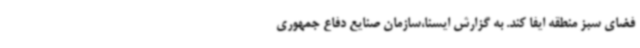
فضای سبز منطقه ایفا کند. به گزارش ایسنا،سازمان صنایع دفاع جمهوری